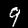
Label: 9